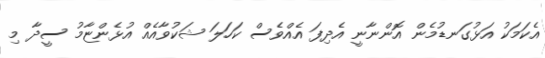
އެކަމަކު އަޅުގަނޑުމެން އޮންނާނީ އެދިފަ އެއްވެސް ކަހަލަ ޝަކުވާއެއް އުޅެންޏާމު ސީދާ މި